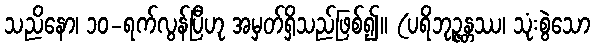
သညိနော၊ ၁၀-ရက်လွန်ပြီဟု အမှတ်ရှိသည်ဖြစ်၍။ (ပရိဘုဉ္ဇန္တဿ၊ သုံးစွဲသော